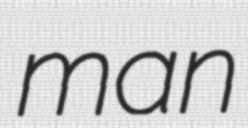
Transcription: man